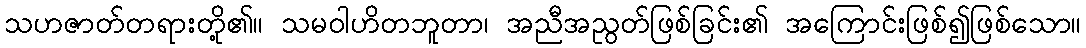
သဟဇာတ်တရားတို့၏။ သမဝါဟိတဘူတာ၊ အညီအညွတ်ဖြစ်ခြင်း၏ အကြောင်းဖြစ်၍ဖြစ်သော။